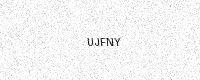
Text: UJFNY